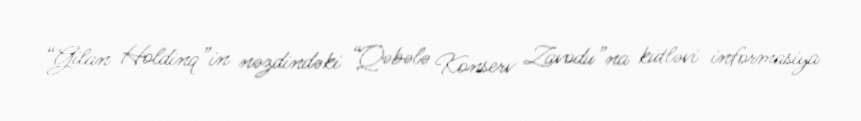
“Gilan Holdinq”in nəzdindəki “Qəbələ Konserv Zavodu”na kütləvi informasiya